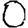
Digit: 0